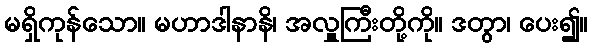
မရှိကုန်သော။ မဟာဒါနာနိ၊ အလှူကြီးတို့ကို။ ဒတွာ၊ ပေး၍။